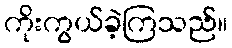
ကိုးကွယ်ခဲ့ကြသည်။